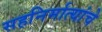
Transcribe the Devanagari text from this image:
सहनिर्मात्यांचे